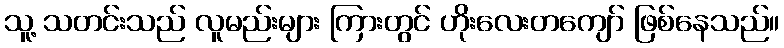
သူ့ သတင်းသည် လူမည်းများ ကြားတွင် ဟိုးလေးတကျော် ဖြစ်နေသည်။